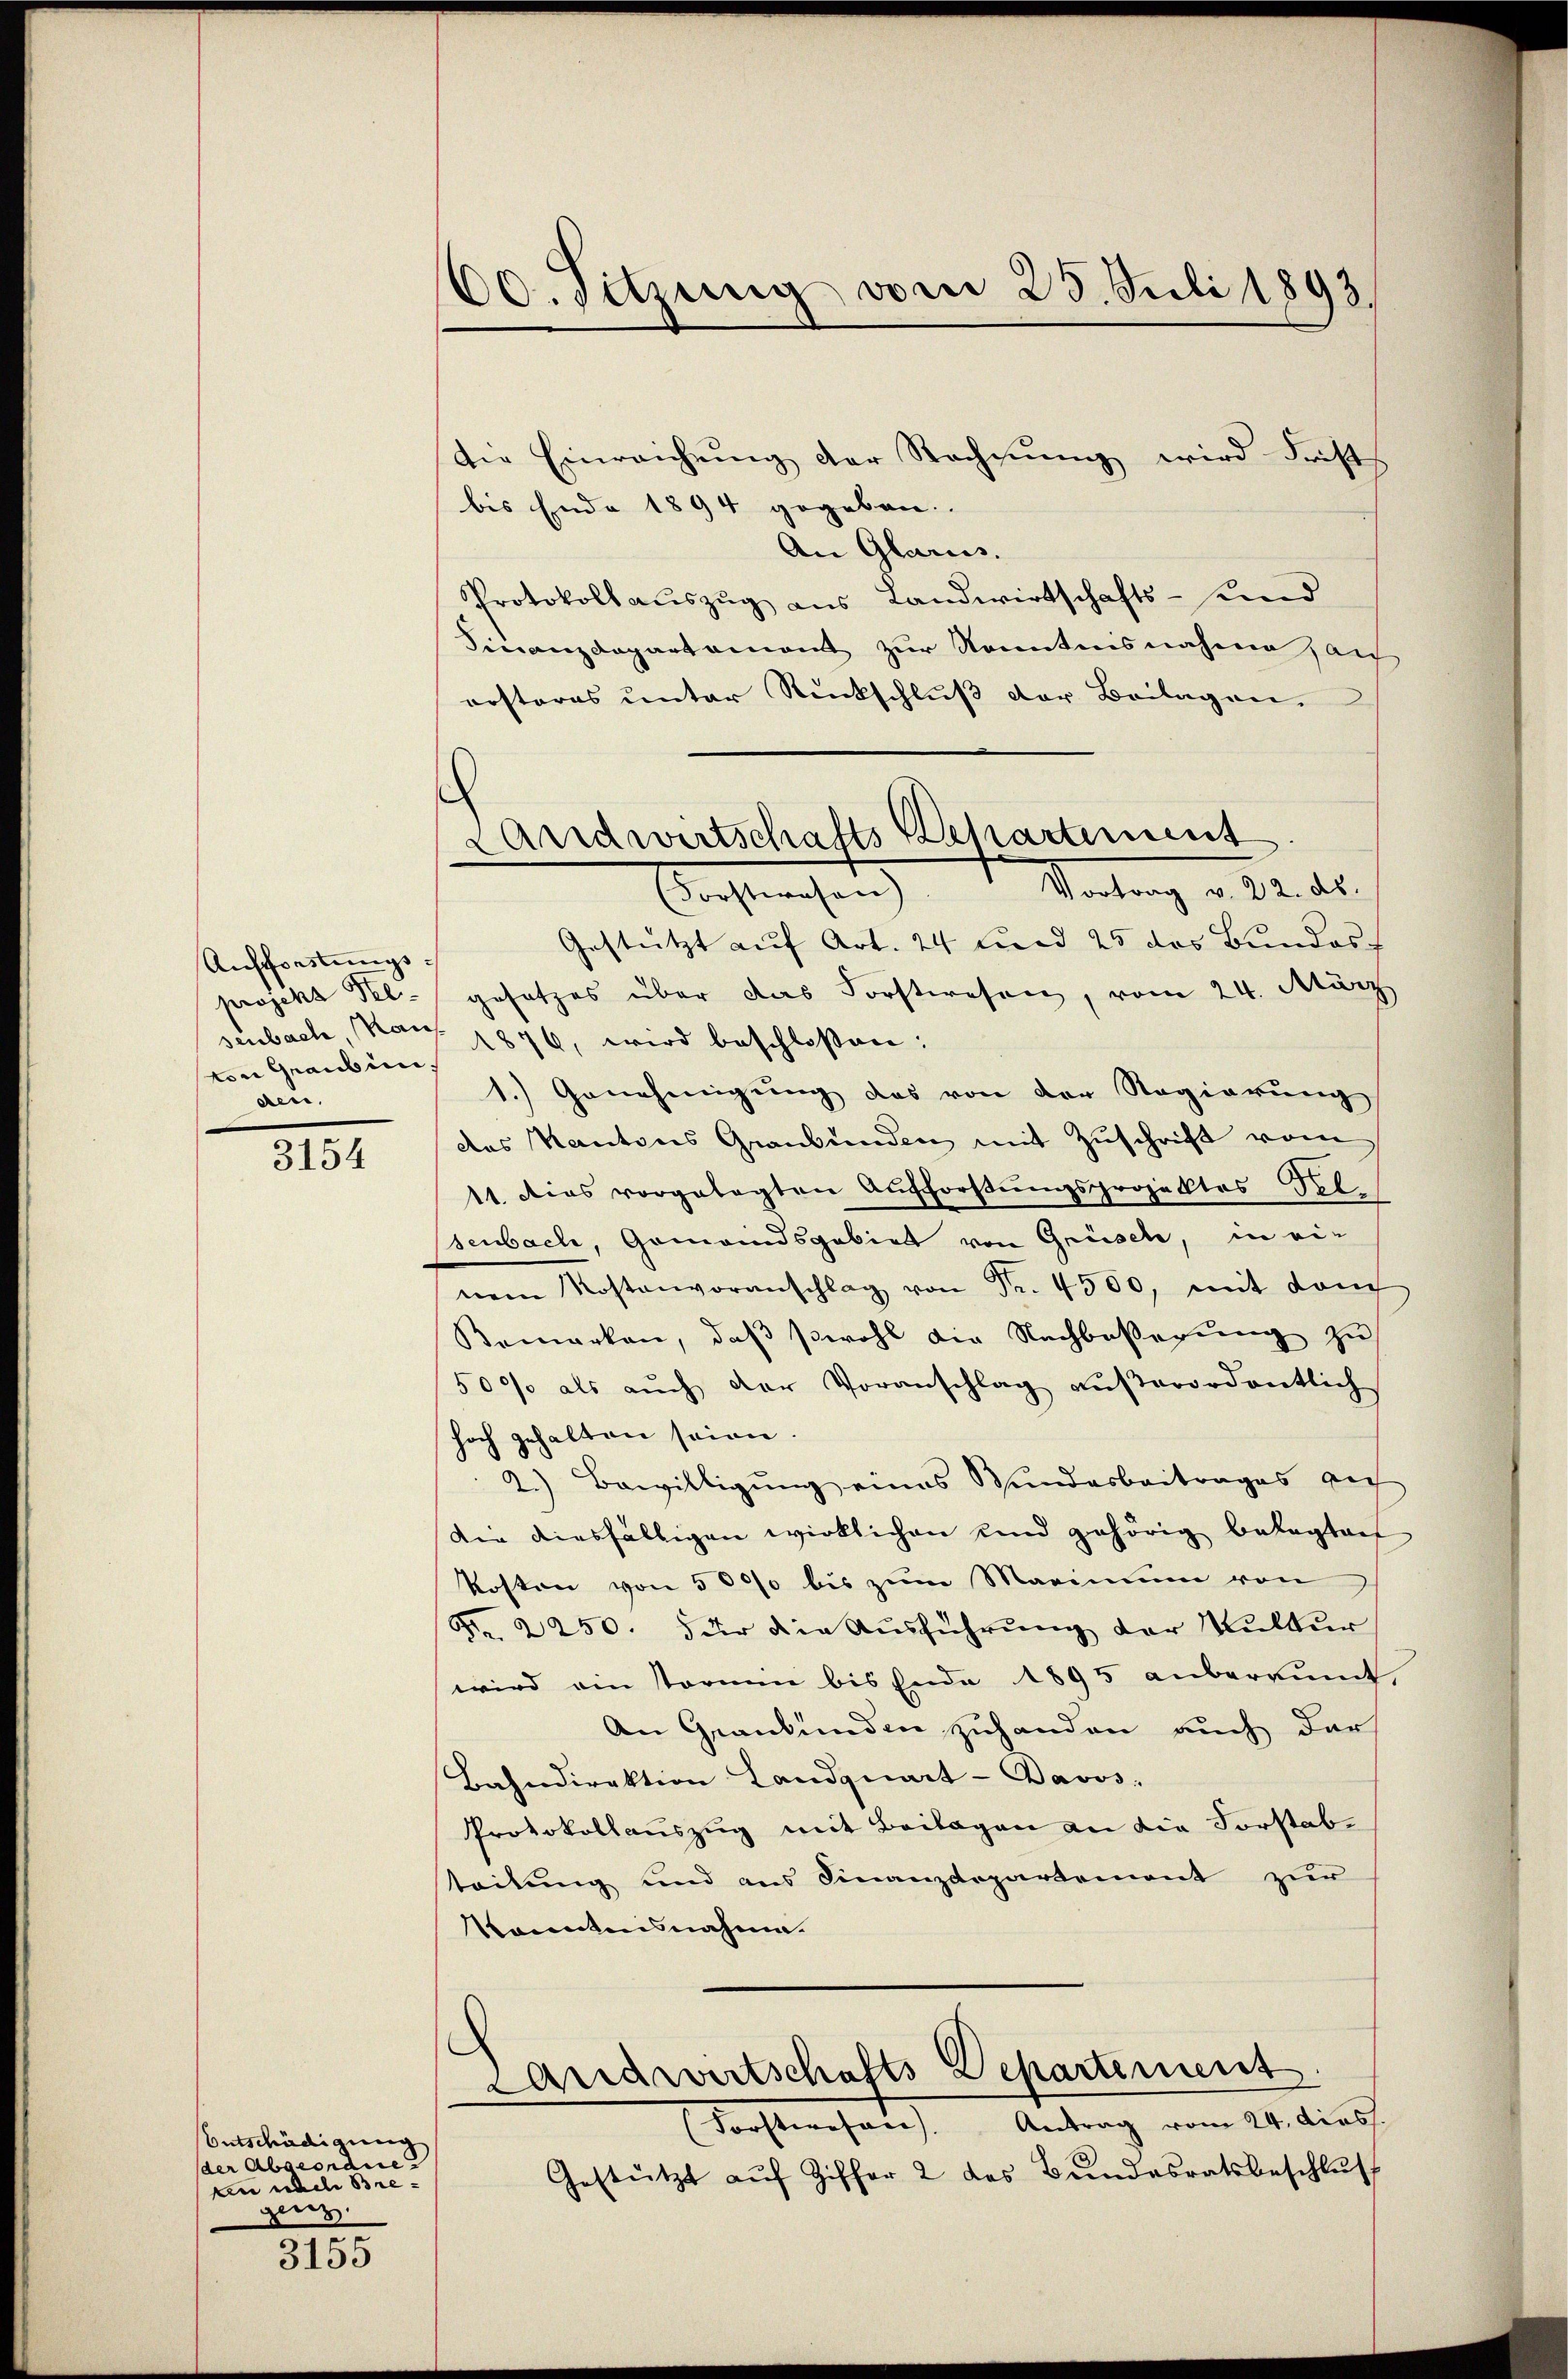
Aufforstungsprojekt Kelvon Grauben
den.

3154

Entschädigung
(der Abgeordne
an nach Bregenz

3155

80. sitzung vom 25. Juli 1893.

die Einreichŭng der Rechnŭng wird Frist
bis Ende 1894 gegeben. |
An Glarus.
Protokoll aŭszŭg ans Landwirtschafts- und
Finanzdepartament zŭr Kenntnisnahme au
ersteres unter Rückschluß der Beilagen.
Gestützt auf Art. 24 und 25 das Bundes
gesetzes über das Forstwesen, vom 24. März
senbach, Haus. 1876, wird beschloßen:
1.) Genehmigung das von der Regierung
das Kantons Graubünden mit Zuschrift vom
11. dies vorgelegten Aufforstŭngsprojektes Sel
senbach, Gemeindsgebiet von Grüsch, in einem Kostenvoranschlag von Fr. 4500, mit dem
Bemerken, daß sowohl die Nachbeßerung zu
500 als auch der Voranschlag außerordentlich
hoch gehalten seien.
1
2.) Bewilligung eines Wundesbeitrages auf
Die diesfälligen wirklichen und gehörig belegten
kosten von 5000 bis zum Marinium von
Fr. 2250. 5 der die Ausführung der Kultur
wird ein storium bis Ende 1895 anbereint,
An Graubünden zuhanden auch darf
Bahndirektion Landquart-Davos.
Protokollauszug mit Beilagen an die Forstabtteilung und aus Finanzdepartement zur
kanntensnahme.
Landwirtschafts-Departement
Antrag vom 24. diess.
Forstwesen.
Gestützt aŭf Ziffer 2 des Bŭndesratsbeschlŭs

Landwirtschafts Departement
Vertrag v. 22. ds.
(Forstwesen